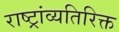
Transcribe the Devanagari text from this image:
राष्ट्रांव्यतिरिक्त